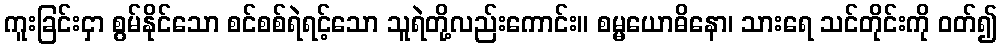
ကူးခြင်းငှာ စွမ်နိုင်သော စင်စစ်ရဲရင့်သော သူရဲတို့လည်းကောင်း။ စမ္မယောဓိနော၊ သားရေ သင်တိုင်းကို ဝတ်၍